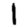
Digit: 1